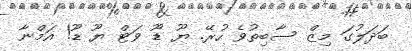
ބަދަލުގަ މިޒް ސާބިތުވެ ހުރޭ. ޔޫ ޑޫ ވަޓް ޔޫ ޑޫ! އަމްނާ